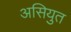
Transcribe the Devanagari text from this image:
असियुत